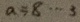
a = 8 \cdots 3